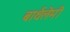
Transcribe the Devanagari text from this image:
बार्थलेमी